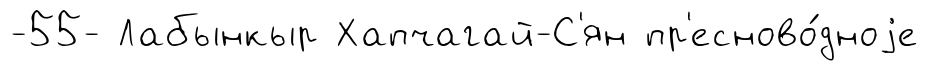
-55- Лабынкыр Хапчагай-С'ян пр'есново́дноjе